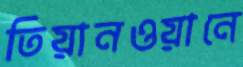
তিয়ানওয়ানে